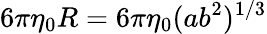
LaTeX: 6\pi\eta_{0}R=6\pi\eta_{0}(ab^{2})^{1/3}